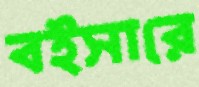
বইসারে